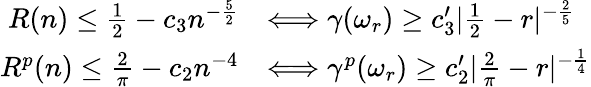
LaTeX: \begin{array}{rl}{R(n)\le\frac{1}{2}-c_{3}n^{-\frac{5}{2}}}&{\Longleftrightarrow\gamma(\omega_{r})\ge c_{3}^{\prime}|\frac{1}{2}-r|^{-\frac{2}{5}}}\\ {R^{p}(n)\le\frac{2}{\pi}-c_{2}n^{-4}}&{\Longleftrightarrow\gamma^{p}(\omega_{r})\ge c_{2}^{\prime}|\frac{2}{\pi}-r|^{-\frac{1}{4}}}\end{array}